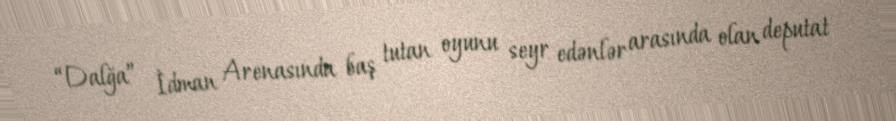
“Dalğa” İdman Arenasında baş tutan oyunu seyr edənlər arasında olan deputat